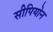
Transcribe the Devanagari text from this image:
सीपियोन